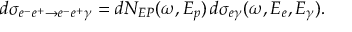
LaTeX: d \sigma _ { e ^ { - } e ^ { + } \to e ^ { - } e ^ { + } \gamma } = d N _ { E P } ( \omega , E _ { p } ) \, d \sigma _ { e \gamma } ( \omega , E _ { e } , E _ { \gamma } ) .